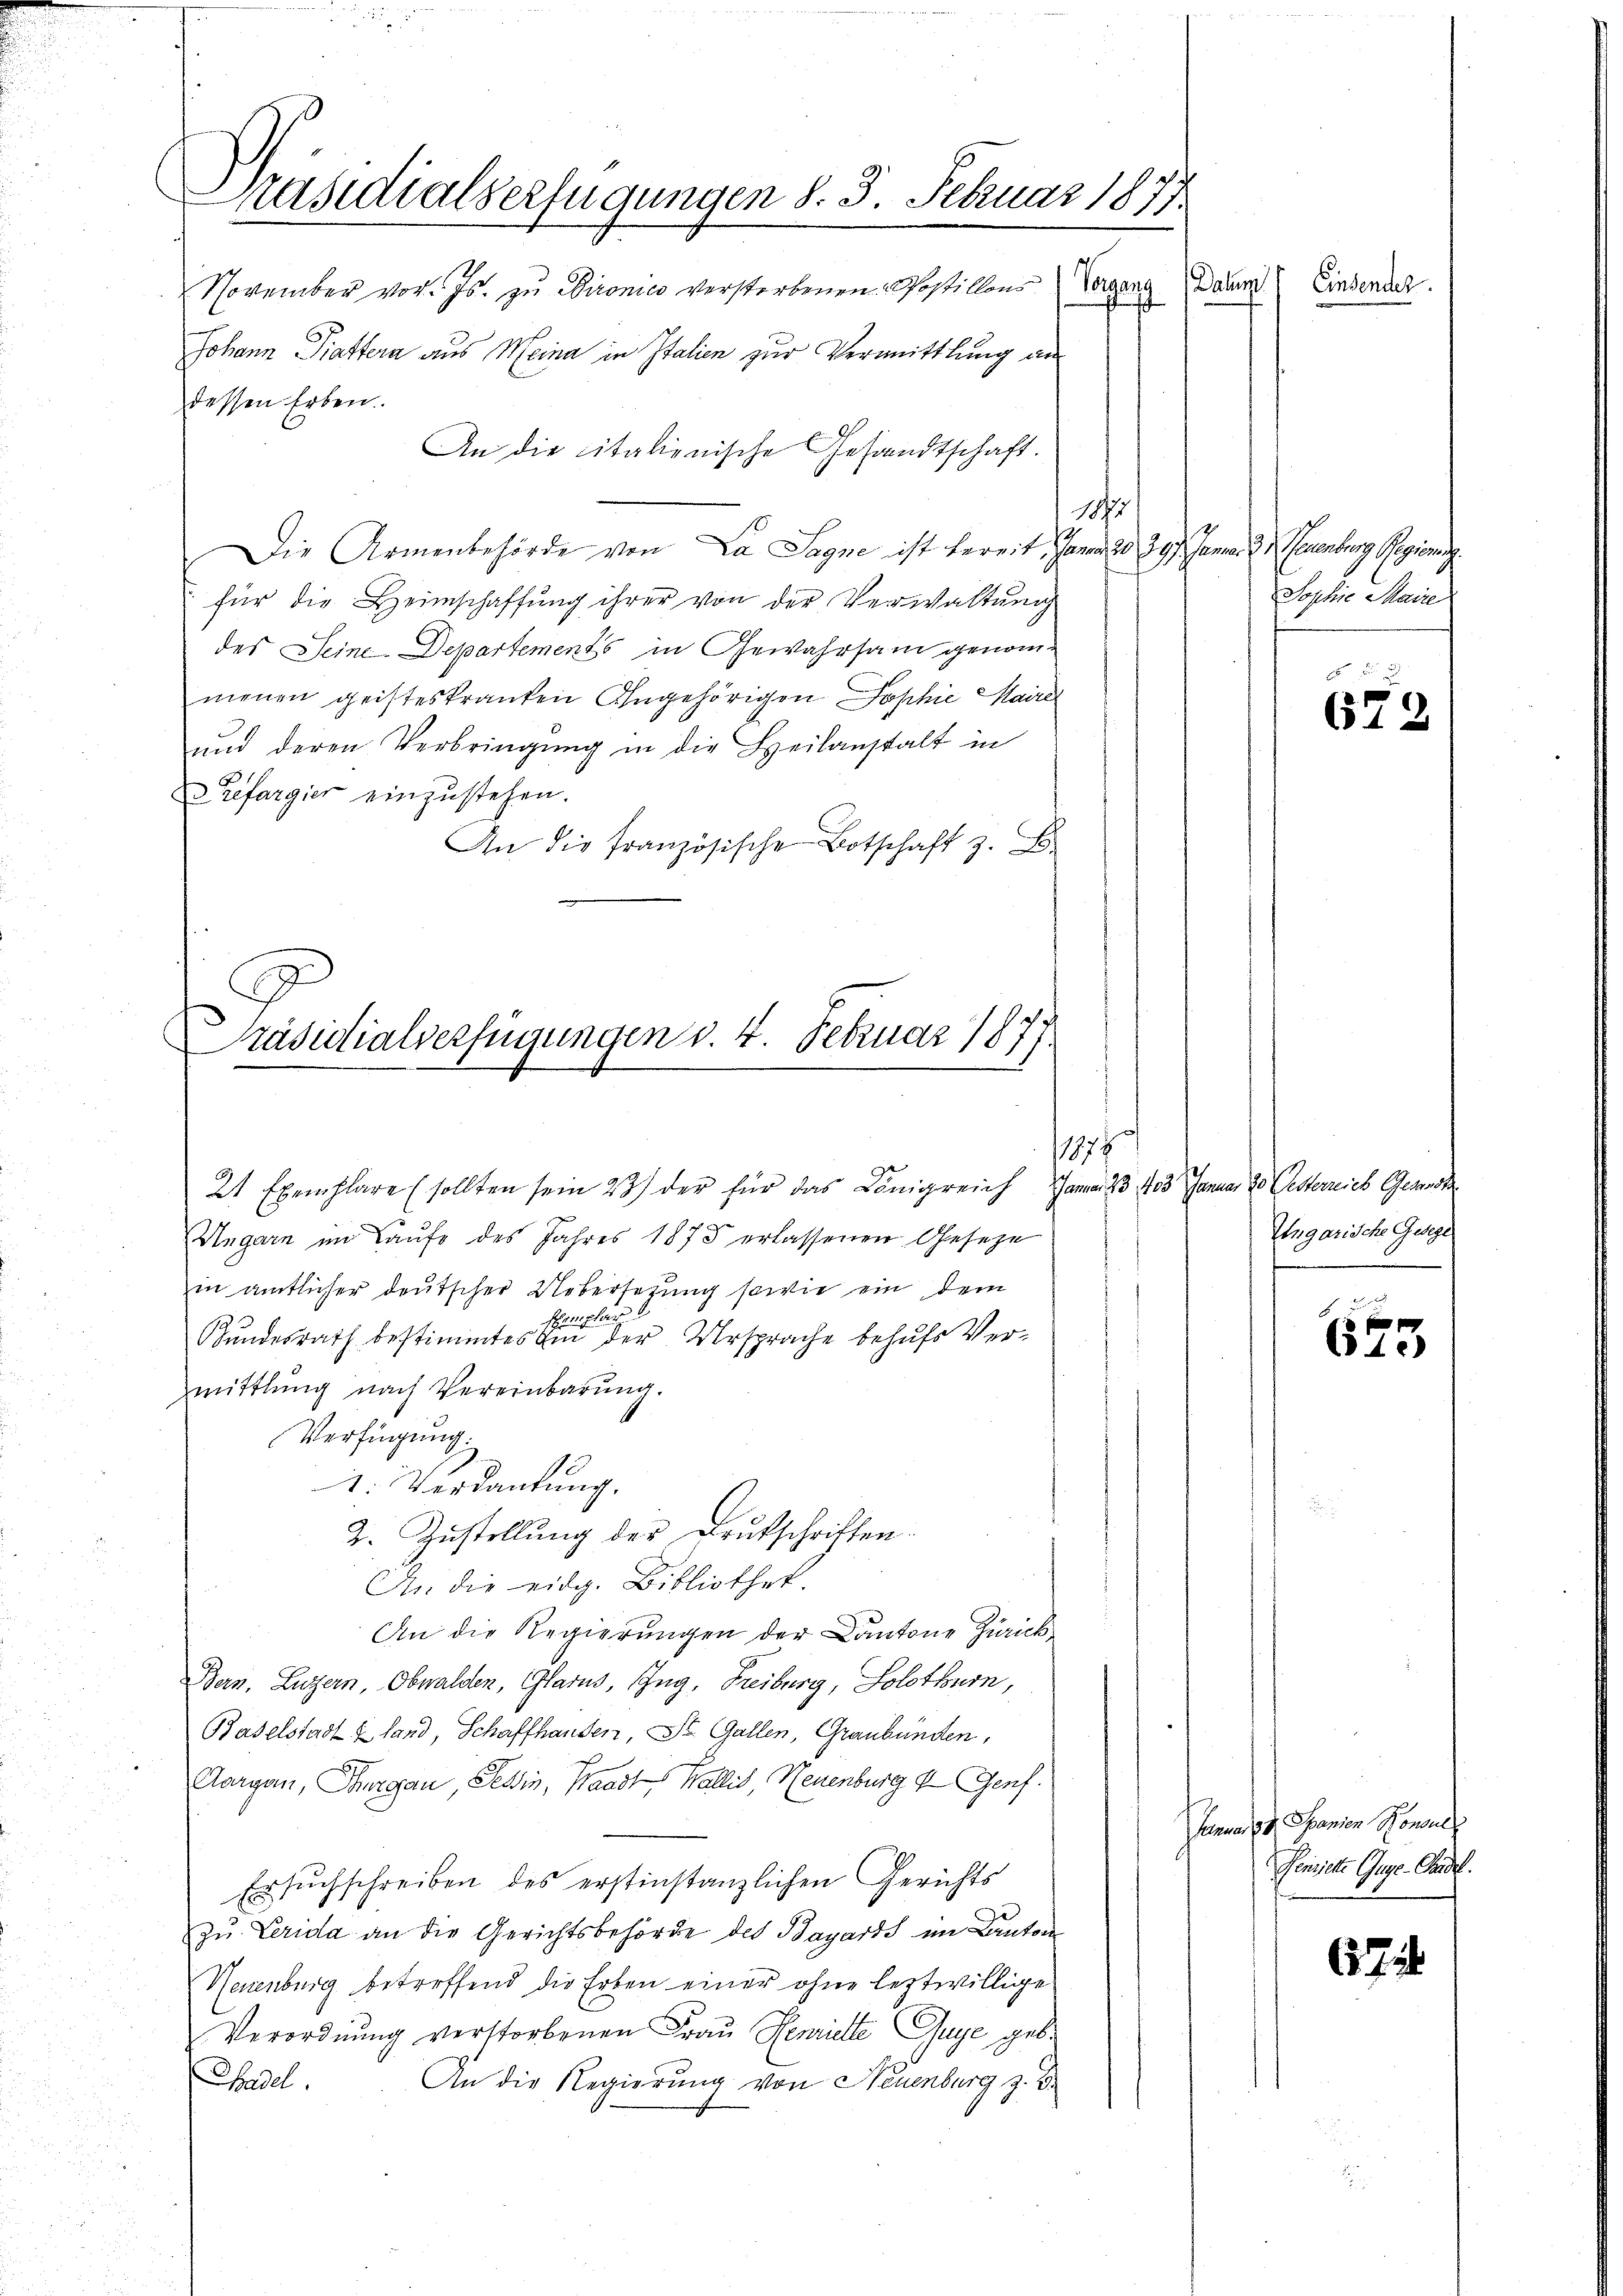
Präsidialverfügungen d. 3. Februar 1877
November vor. Js. zu Dironico verstorbenen Postillons
Vagan

dessen Erben.
12
Die Armenbehörde von La Sagne ist bereit, Januar 20 397. Januar d. d euenburg Regierung
für die Heimschaffung ihrer von der Verwaltung
des Seine Departements in Gewahrsam genommenen geisteskranken Angehörigen Sophie Maire
und deren Verbringung in die Heilanstalt in
Refargier einzustehen.
An die französische Botschaft z. B.
11874
21 Exemplare (sollten sein 23 der für das Königreich am 23. 403 Januar 10. Oesterrich Gewerk
Ungarn im Laufe des Jahres 1875 erlassenen Gesetze
in amtlicher deutscher Uebersetzung sowie ein dem
111 7
Bundesrath bestimmtes in der Ursprache behufs Vermittlung nach Vereinbarŭng.
Verfügung.
1. Verdankung.
2. Zustellung des Brutschriften.
An die eidg. Bibliothek.
An die Regierungen der Cantone Zürich
Bern, Luzern, Obwalden, Glarus, Zug, Freiburg, Solothurn,
Baselstadt & land, Schaffhanden, St. Gallen, Graubünden,
Aargau, Thurgau, Tessin, Waadt, Wallis, Neuenburg d. Genf.
Ersuchschreiben des erstinstanzlichen Gerichts
zu Lerida an die Gerichtsbehörde des Bayarts im Canton
Neuenburg betreffend die Erben einer ohne leztwillige
Verordnung verstorbenen Frau Henriete Guye geb.
Cadel.
An die Regierung von Neuenburg z. B.

Johann Piettera aus Meina in Italien zur Vermittlung an
An die italienische Gesandtschaft.

Präsidialverfügungen d. 4. Februar 1877

Datum
Einsendet.

Sophie Maire

672

Ungarische Gelege

f
610

Janne od. Spanien Konsuls
Penijete Guse-Padel.

67